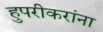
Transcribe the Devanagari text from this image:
हुपरीकरांना